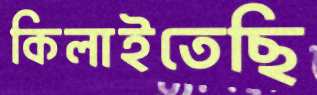
কিলাইতেছি